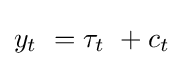
y_{t}\ =\tau _{t}\ +c_{t}